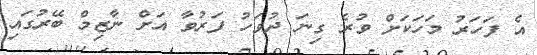
އެ ފަހަރު މަހަކަށް ވުރެ ގިނަ ދުވަހު ފަރުވާ އަށް ނާޒިމް ބޭރުގައި